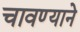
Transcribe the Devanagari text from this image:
चावण्याने